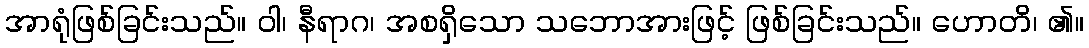
အာရုံဖြစ်ခြင်းသည်။ ဝါ၊ နီရာဂ၊ အစရှိသော သဘောအားဖြင့် ဖြစ်ခြင်းသည်။ ဟောတိ၊ ၏။